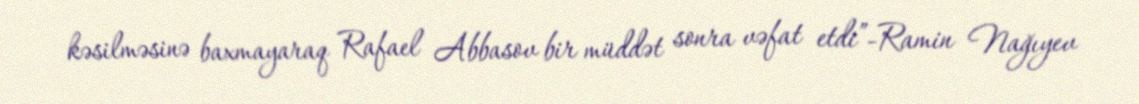
kəsilməsinə baxmayaraq Rafael Abbasov bir müddət sonra vəfat etdi”-Ramin Nağıyev